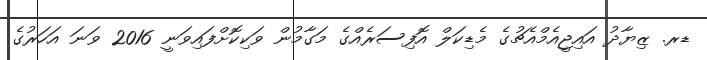
ޑރ. ޒިޔާދު އައިޖީއެމްއެޗުގެ މެޑިކަލް އޮފިސަރެއްގެ މަގާމުން ވަކިކޮށްފައިވަނީ 2016 ވަނަ އަހަރުގެ